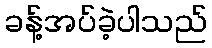
ခန့်အပ်ခဲ့ပါသည်